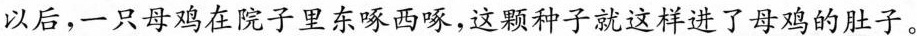
以后，一只母鸡在院子里东啄西啄，这颗种子就这样进了母鸡的肚子。